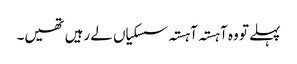
پہلے تو وہ آہستہ آہستہ سسکیاں لے رہیں تھیں۔